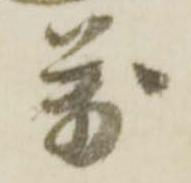
万